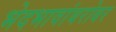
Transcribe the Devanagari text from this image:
भेदभावांबरोबर